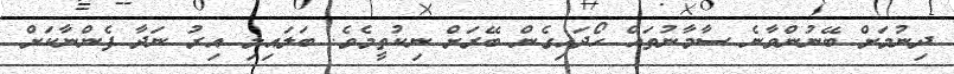
ދިނުމަށް ބޭނުންވާނެ ސާމާނުތައް ހޯދައިގެން ބޭރަށް ނިކުތީމެވެ. ބަލައިލި އިރު ނަދާ ފެންނާކަށް